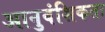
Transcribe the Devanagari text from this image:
आनुवंशिकतः